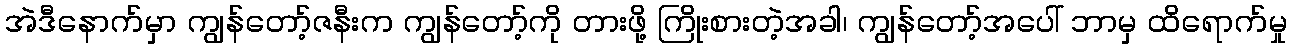
အဲဒီနောက်မှာ ကျွန်တော့်ဇနီးက ကျွန်တော့်ကို တားဖို့ ကြိုးစားတဲ့အခါ၊ ကျွန်တော့်အပေါ် ဘာမှ ထိရောက်မှု